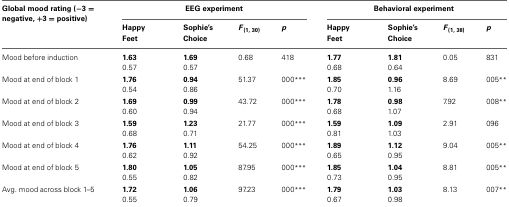
<table><thead><tr><td><b>Global mood rating (−3 = negative, +3 = positive)</b></td><td colspan="4"><b>EEG experiment</b></td><td colspan="4"><b>Behavioral experiment</b></td></tr><tr><td></td><td><b>Happy Feet</b></td><td><b>Sophie&#x27;s Choice</b></td><td><b><i>F</i><sub>(1, 30)</sub></b></td><td><b><i>p</i></b></td><td><b>Happy Feet</b></td><td><b>Sophie&#x27;s Choice</b></td><td><b><i>F</i><sub>(1, 38)</sub></b></td><td><b><i>p</i></b></td></tr></thead><tbody><tr><td>Mood before induction</td><td><b>1.63</b></td><td><b>1.69</b></td><td>0.68</td><td>418</td><td><b>1.77</b></td><td><b>1.81</b></td><td>0.05</td><td>831</td></tr><tr><td></td><td>0.57</td><td>0.57</td><td></td><td></td><td>0.68</td><td>0.64</td><td></td><td></td></tr><tr><td>Mood at end of block 1</td><td><b>1.76</b></td><td><b>0.94</b></td><td>51.37</td><td>000<sup>***</sup></td><td><b>1.85</b></td><td><b>0.96</b></td><td>8.69</td><td>005<sup>**</sup></td></tr><tr><td></td><td>0.54</td><td>0.96</td><td></td><td></td><td>0.70</td><td>1.16</td><td></td><td></td></tr><tr><td>Mood at end of block 2</td><td><b>1.69</b></td><td><b>0.99</b></td><td>43.72</td><td>000<sup>***</sup></td><td><b>1.78</b></td><td><b>0.98</b></td><td>7.92</td><td>008<sup>**</sup></td></tr><tr><td></td><td>0.60</td><td>0.94</td><td></td><td></td><td>0.68</td><td>1.07</td><td></td><td></td></tr><tr><td>Mood at end of block 3</td><td><b>1.59</b></td><td><b>1.23</b></td><td>21.77</td><td>000<sup>***</sup></td><td><b>1.59</b></td><td><b>1.09</b></td><td>2.91</td><td>096</td></tr><tr><td></td><td>0.68</td><td>0.71</td><td></td><td></td><td>0.81</td><td>1.03</td><td></td><td></td></tr><tr><td>Mood at end of block 4</td><td><b>1.76</b></td><td><b>1.11</b></td><td>54.25</td><td>000<sup>***</sup></td><td><b>1.89</b></td><td><b>1.12</b></td><td>9.04</td><td>005<sup>**</sup></td></tr><tr><td></td><td>0.62</td><td>0.92</td><td></td><td></td><td>0.65</td><td>0.95</td><td></td><td></td></tr><tr><td>Mood at end of block 5</td><td><b>1.80</b></td><td><b>1.05</b></td><td>87.95</td><td>000<sup>***</sup></td><td><b>1.85</b></td><td><b>1.04</b></td><td>8.81</td><td>005<sup>**</sup></td></tr><tr><td></td><td>0.55</td><td>0.82</td><td></td><td></td><td>0.73</td><td>0.95</td><td></td><td></td></tr><tr><td>Avg. mood across block 1–5</td><td><b>1.72</b></td><td><b>1.06</b></td><td>97.23</td><td>000<sup>***</sup></td><td><b>1.79</b></td><td><b>1.03</b></td><td>8.13</td><td>007<sup>**</sup></td></tr><tr><td></td><td>0.55</td><td>0.79</td><td></td><td></td><td>0.67</td><td>0.98</td><td></td><td></td></tr></tbody></table>